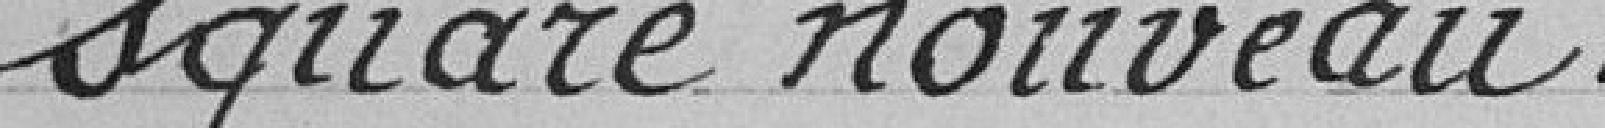
square nouveau